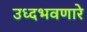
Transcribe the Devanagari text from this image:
उध्दभवणारे